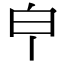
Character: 𤼽